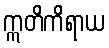
ဣတိကိရာယ